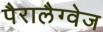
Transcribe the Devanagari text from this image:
पैरालैग्वेज